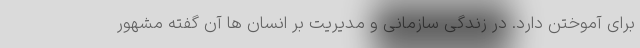
برای آموختن دارد. در زندگی سازمانی و مدیریت بر انسان ها آن گفته مشهور